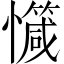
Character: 𢤝